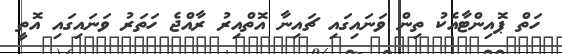
ހަތް ޕޮއިންޓާއެކު ތިން ވަނައިގައި ޗައިނާ އޮތްއިރު ރާއްޖެ ހަތަރު ވަނައިގައި އޮތީ